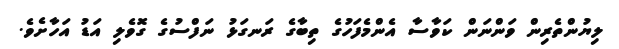
ލިޔުންތެރިން ވަންނަން ކަވާސާ އެންމެފަހުގެ ތިބާގެ ރަނގަޅު ނަފްސުގެ ގޮވެލި އަޑު އަހާށެވެ.